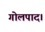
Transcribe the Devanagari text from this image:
गोलपाद।